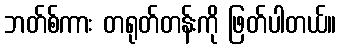
ဘတ်စ်ကား တရုတ်တန်းကို ဖြတ်ပါတယ်။